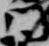
門